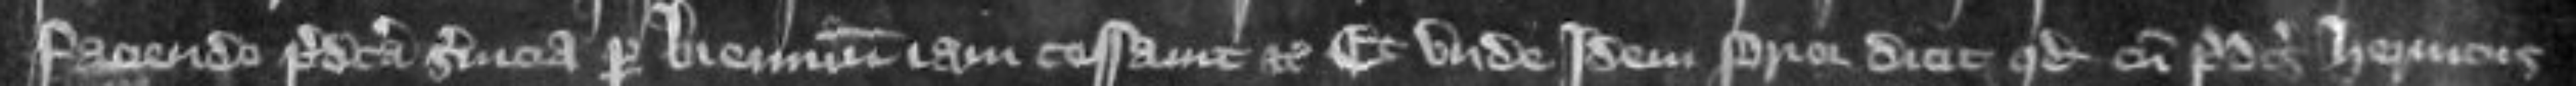
Faciendo predicta servicia per biennium iam cessavit etc Et unde idem prior dicit quod cum predictus Henricus